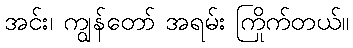
အင်း၊ ကျွန်တော် အရမ်း ကြိုက်တယ်။